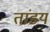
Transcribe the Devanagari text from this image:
तांडय